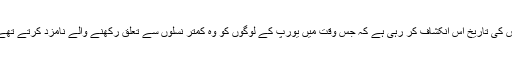
اس کی تاریخ اس انکشاف کر رہی ہے کہ جس وقت میں یورپ کے لوگوں کو وہ کمتر نسلوں سے تعلق رکھنے والے نامزد کرتے تھے۔